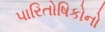
પારિતોષિકોનો